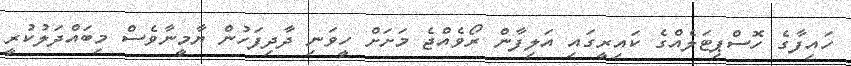
ހައިފާގެ ހޮސްޕިޓަލެއްގެ ކައިރީގައި އަލިފާން ރޯވެއްޖެ މަށަށް ހީވަނި ދާދިފަހުން ޔާމީނާވެސް މިބައްދަލުކުރީ